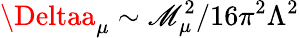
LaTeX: \Deltaa_{\mu}\sim\mathscr{M}_{\mu}^{2}/16\pi^{2}\Lambda^{2}